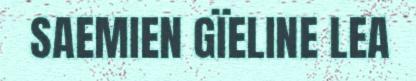
SAEMIEN GÏELINE LEA